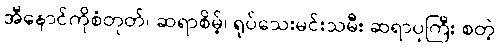
အီနောင်ကိုစံတုတ်၊ ဆရာစိမ့်၊ ရုပ်သေးမင်းသမီး ဆရာပုကြီး စတဲ့